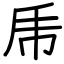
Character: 乕